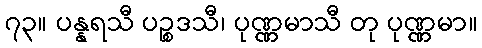
၇၃။ ပန္နရသီ ပဉ္စဒသီ၊ ပုဏ္ဏမာသီ တု ပုဏ္ဏမာ။